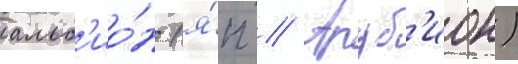
альб'ио́н (я́п // Аруб'ион)